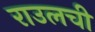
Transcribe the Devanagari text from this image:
राउलची